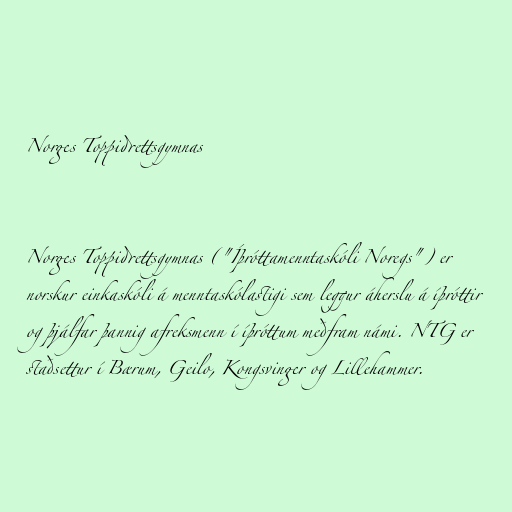
Norges Toppidrettsgymnas

Norges Toppidrettsgymnas ("Íþróttamenntaskóli Noregs") er
norskur einkaskóli á menntaskólastigi sem leggur áherslu á íþróttir
og þjálfar þannig afreksmenn í íþróttum meðfram námi. NTG er
staðsettur í Bærum, Geilo, Kongsvinger og Lillehammer.